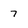
Character: 7